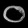
Digit: ၀